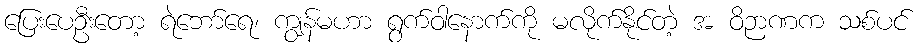
ပြေးပေဦးတော့ ရဲဘော်ရေ၊ ကျွန်မဟာ ရွက်ဝါနောက်ကို မလိုက်နိုင်တဲ့ အ ဝိဉာဏက သစ်ပင်